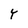
Character: Y